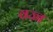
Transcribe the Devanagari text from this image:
वज्ज